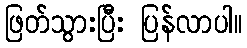
ဖြတ်သွားပြီး ပြန်လာပါ။